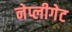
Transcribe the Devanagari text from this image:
नेप्लीगेट